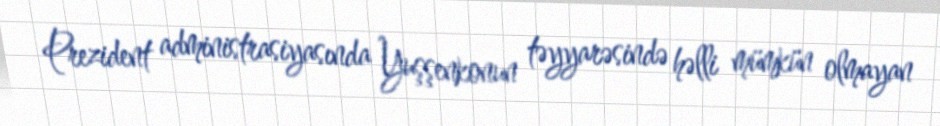
Prezident administrasiyasında Yuşşenkonun təyyarəsində həlli mümkün olmayan